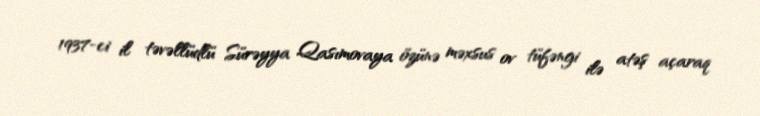
1937-ci il təvəllüdlü Sürəyya Qasımovaya özünə məxsus ov tüfəngi ilə atəş açaraq